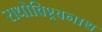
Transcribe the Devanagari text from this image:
राधोविश्र्वनाथ